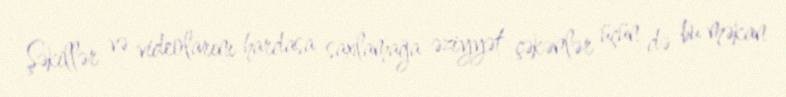
Şəkillər və videolarını hardasa saxlamağa əziyyət çəkənlər üçün də bu məkan